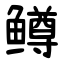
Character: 鳟